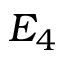
E _ { 4 }